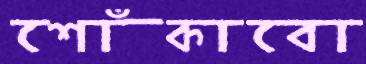
শোঁকাবো